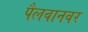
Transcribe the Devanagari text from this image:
पैलवानवर